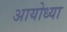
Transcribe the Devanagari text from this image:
अायोध्या